Annual report of the Imperial Bacteriologist
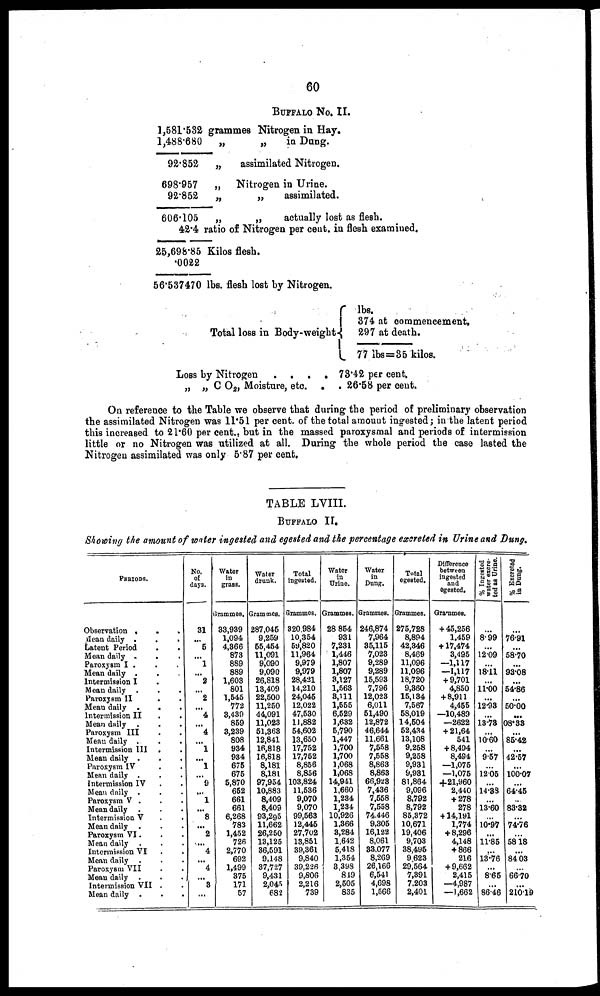
60
BUFFALO NO. II.
1,581.532
1,488.680
92.852
698.957
92.852
606.105
42.4
25,698.85
.0022
56.537470
grammes Nitrogen in Hay.
„
„
„
„
„
„
in Dung.
assimilated Nitrogen.
Nitrogen in Urine.
„
assimilated.
„
actually lost as flesh.
ratio of Nitrogen per cent. in flesh examined.
Kilos flesh.
lbs. flesh lost by Nitrogen.
Total loss in Body-weight{
Loss by Nitrogen . . .
„ „ C O 2 , Moisture, etc.
lbs.
374 at commencement.
297 at death.
77 lbs=35 kilos.
. 73.42 per cent.
. . 26.58 per cent.
On reference to the Table we observe that during the period of preliminary observation
the assimilated Nitrogen was 11.51 per cent. of the total amount ingested; in the latent period
this increased to 21.60 per cent., but in the massed paroxysmal and periods of intermission
little or no Nitrogen was utilized at all. During the whole period the case lasted the
Nitrogen assimilated was only 5.87 per cent.
TABLE LVIII.
BUFFALO II.
Showing the amount of water ingested and egested and the percentage excreted in Urine and Dung.
PERIODS.
Observation .
Mean daily .
Latent Period
Mean daily .
Paroxysm I .
Mean daily .
Intermission I
Mean daily
.
Paroxysm II
Mean daily
.
Intermission II
Mean daily .
Paroxysm III
Mean daily .
Intermission III
Mean daily .
Paroxysm IV
Mean daily .
Intermission IV
Mean daily .
Paroxysm V .
Mean daily
.
Intermission V
Mean daily
.
Paroxysm VI .
Mean daily
.
Intermission VI
Mean daily
.
Paroxysm VII
Mean daily
.
Intermission VII
Mean daily
.
.
.
.
.
.
.
.
.
.
.
.
.
.
.
.
.
.
.
.
.
.
.
.
.
.
.
.
.
.
.
.
.
.
.
.
.
.
.
.
.
.
.
.
.
.
.
.
.
.
.
.
.
.
.
.
.
.
.
.
.
.
.
.
.
No.
of
days.
31
...
5
...
1
...
2
...
2
...
4
...
4
...
1
...
1
...
9
...
1
...
8
...
2
...
4
...
4
...
3
...
Water
in
grass.
Grammes.
33,939
1,094
4,366
873
889
889
1,603
801
1,545
772
3,439
859
3,239
808
934
934
675
675
5,870
652
661
661
6,268
783
1,452
726
2,770
692
1,499
375
171
57
Water
drunk.
Grammes.
287,045
9,259
55,454
11,091
9,090
9,090
26,818
13,409
22,500
11,250
44,091
11,023
51,363
12,841
16,818
16,818
8,181
8,181
97,954
10,883
8,409
8,409
93,295
11,662
26,250
13,125
36,591
9,148
37,727
9,431
2,045
682
Total
ingested.
Grammes.
320,984
10,354
59,820
11,964
9,979
9,979
28,421
14,210
24,045
12,022
47,530
11,882
54,602
13,650
17,752
17,752
8,856
8,856
103,824
11,536
9,070
9,070
99,563
12,445
27,702
13,851
39,361
9,840
39,226
9,806
2,216
739
Water
in
Urine.
Grammes.
28,854
931
7,231
1,446
1,807
1,807
3,127
1,563
3,111
1,555
6,529
1,632
5,790
1,447
1,700
1,700
1,068
1,068
14,941
1,660
1,234
1,234
10,926
1,366
3,284
1,642
5,418
1,354
3,398
849
2,505
835
Water
in
Dung.
Grammes.
246,874
7,964
35,115
7,023
9,289
9,289
15,593
7,796
12,023
6,011
51,490
12,872
46,644
11,661
7,558
7,558
8,863
8,863
66,923
7,436
7,558
7,558
74,446
9,305
16,122
8,061
33,077
8,269
26,166
6,541
4,698
1,566
Total
egested.
Grammes.
275,728
8,894
42,346
8,469
11,096
11,096
18,720
9,360
15,134
7,567
58,019
14,504
52,434
13,108
9,258
9,258
9,931
9,931
81,864
9,096
8,792
8,792
85,372
10,671
19,406
9,703
38,495
9,623
29,564
7,391
7,203
2,401
Difference
between
ingested
and
egested.
Grammes.
+45,256
1,459
+17,474
3,495
-1,117
-1,117
+9,701
4,850
+8,911
4,455
-10,489
-2622
+21,64
541
+8,494
8,494
-1,075
-1,075
+21,960
2,440
+278
278
+14,191
1,774
+8,296
4,148
+866
216
+9,662
2,415
-4,987
-1,662
% Ingested
water excre-
ted as Urine.
8.99
...
12.09
...
18.11
...
11.00
...
12.93
...
13.73
...
10.60
...
9.57
...
12.05
...
14.38
...
13.60
...
10.97
...
11.85
...
13.76
...
8.65
...
86.46
% Excreted
in Dung.
76.91
...
58.70
...
93.08
...
54.86
...
50.00
...
08.33
...
85.42
...
42.57
...
100.07
...
64.45
...
83.32
...
74.76
...
58.18
...
84.03
...
66.70
...
210.19